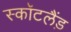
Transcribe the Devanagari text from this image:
स्कॉटलैंड़